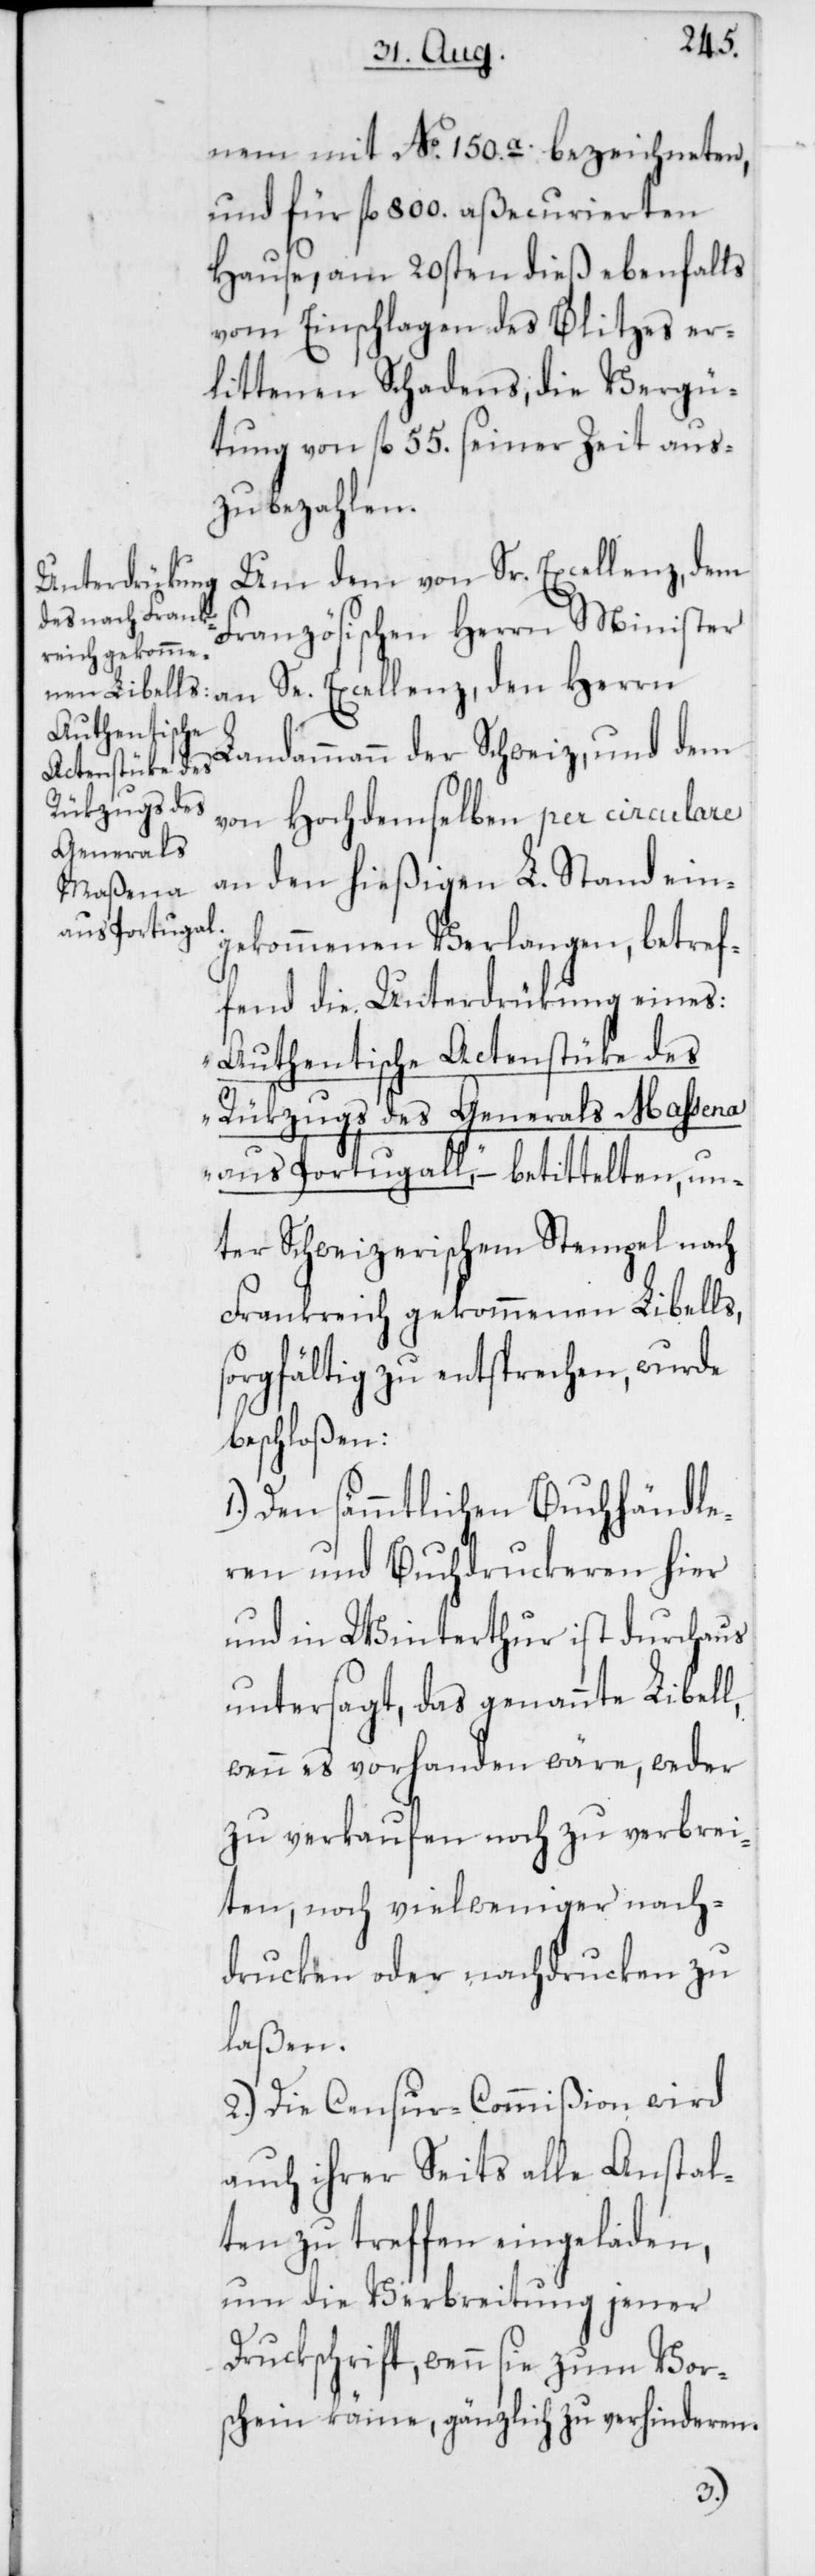
Rükzugs des
Generals
Maßena

nem mit No. 150.a. bezeichneten,
und für fl. 800. aßecurierten
Hause, am 20sten dieß ebenfalls
vom Einschlagen des Blitzes er¬
littenen Schadens, die Vergü¬
tung von fl. 55. seiner Zeit aus¬
zubezahlen.
Um dem von Sr. Excellenz, dem
Französischen Herrn Minister
an Se. Excellenz, den Herrn
Landammann der Schweiz, und dem
von Hochdemselben per circulare
an den hießigen L. Stand ein¬
gekommenen Verlangen, betref¬
fend die Unterdrükung eines:
„Authentische Actenstüke des
aus Portugall“ – betittelten, un¬
ter Schweizerischem Stempel nach
Frankreich gekommenen Libells,
sorgfältig zu entsprechen, wurde
beschloßen:
1.) Den sämmtlichen Buchhändle¬
ren und Buchdruckeren hier
und in Winterthur ist durchaus
untersagt, das genannte Libell,
wenn es vorhanden wäre, weder
zu verkaufen noch zu verbrei¬
ten, noch vielweniger nach¬
drucken oder nachdrucken zu
laßen.
2.) Die Censur-Commißion wird
auch ihrer Seits alle Anstal¬
ten zu treffen eingeladen,
um die Verbreitung jener
Druckschrift, wenn sie zum Vors¬
chein käme, gänzlich zu verhinderen.